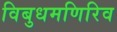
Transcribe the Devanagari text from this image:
विबुधमणिरिव